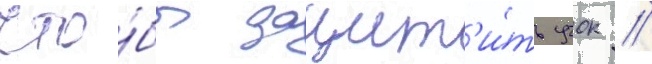
что́бы защит'и́ть учок //